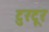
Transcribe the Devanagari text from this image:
टुरटूर